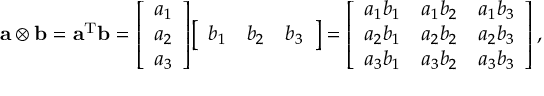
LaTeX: \mathbf { a } \otimes \mathbf { b } = \mathbf { a } ^ { \mathrm { T } } \mathbf { b } = { \left[ \begin{array} { l } { a _ { 1 } } \\ { a _ { 2 } } \\ { a _ { 3 } } \end{array} \right] } { \left[ \begin{array} { l l l } { b _ { 1 } } & { b _ { 2 } } & { b _ { 3 } } \end{array} \right] } = { \left[ \begin{array} { l l l } { a _ { 1 } b _ { 1 } } & { a _ { 1 } b _ { 2 } } & { a _ { 1 } b _ { 3 } } \\ { a _ { 2 } b _ { 1 } } & { a _ { 2 } b _ { 2 } } & { a _ { 2 } b _ { 3 } } \\ { a _ { 3 } b _ { 1 } } & { a _ { 3 } b _ { 2 } } & { a _ { 3 } b _ { 3 } } \end{array} \right] } \, ,